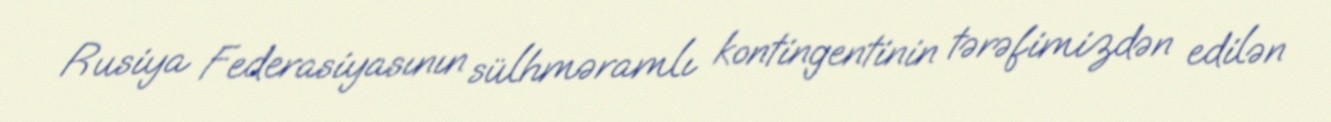
Rusiya Federasiyasının sülhməramlı kontingentinin tərəfimizdən edilən